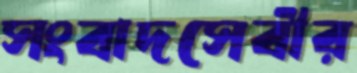
সংবাদসেবীর